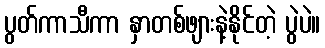
ပွတ်ကာသီကာ နှာတစ်ဖျားနဲ့နိုင်တဲ့ ပွဲပဲ။